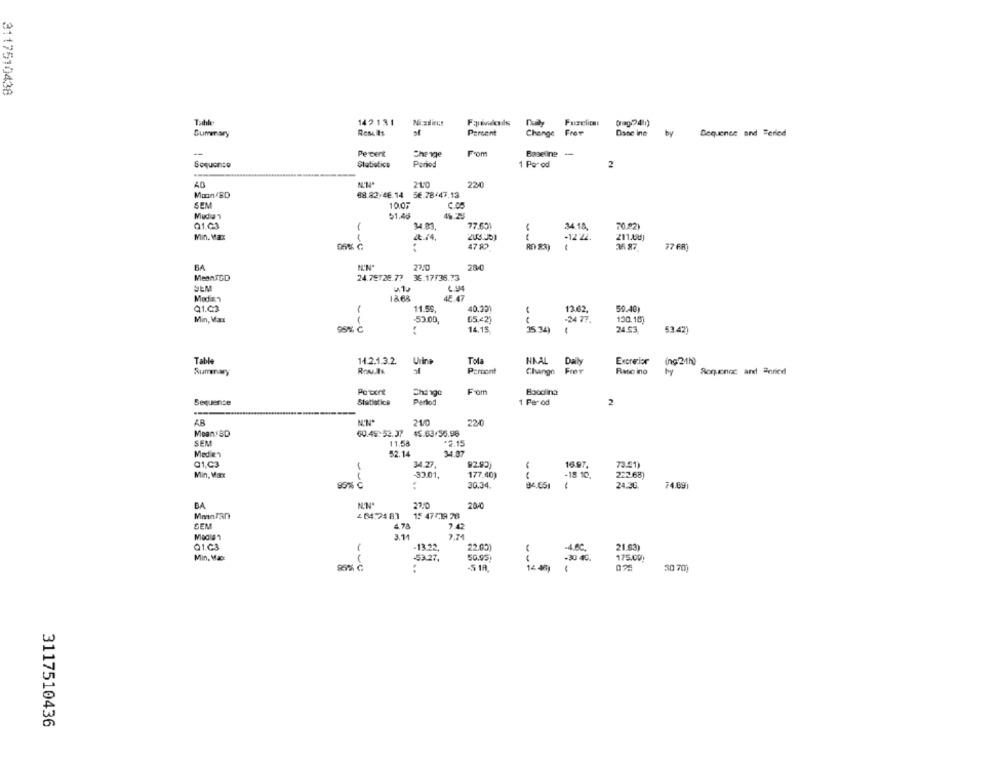
3117510438
142131
Ni-xdieut
Fuselion
Summary
Results
Percent
Change Frev
Dane ine
by
Sequence and Terled
Pe cent
From
Che ne
Soquanto
Statistics
Period
1 Por od
2
210
220
40
Moon BD
88.82/46.14 5€.78/47,13
SEM
10.07
C.OS
$1.48
4.25
Q1.03
77.631
34 18
70.821
Min. Maxx
-12 ZŁ.
47 83
35 87
BA
22.0
280
MeanJGD
24.75725.77
36.17/36.73
SEM
w.1.
4.94
Median
42 47
Q1.02
11.59
40.301
13.62
50.40)
Min, Max
53.00,
05.421
-24 77.
130.18]
-- U
35.341
95% C
14.15
24.53
53.42)
Table
14.2.1.3.2.
Urine
Tola
NAAL Daily
Excrelor
(ng 2/1h)
Summary
Rou.As
Percont
Change Frer
Rato ino
Rogenic and anried
Change
From
Bbodina
Sequence
Statistics
Perlod
1 Perod
2
----
21/0
220
Mean:SD
60.45:53.37
45.63/55.98
SEM
11.58
$2.15
Medie'n
52.14
34.37
Q1,C3
34.27.
16.97.
73.21)
-18 10,
Min, Max
-33.01,
177.40)
222.68)
85% C
30.34.
34,651
-
24.30
74.891
BA
27.0
200
464.24 87
15 47779 76
SEM
4 78
7.42
3.11
7.74
Q1.03
-13.22.
22.001
21.83)
-4.6℃.
Min. Max
-53.27,
50,95!
-30 45.
175.000
30 709
3117510436